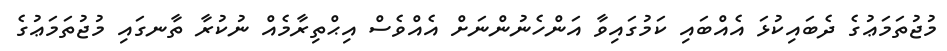
މުޖުތަމަޢުގެ ދެބައިކުޅަ އެއްބައި ކަމުގައިވާ އަންހެނުންނަށް އެއްވެސް އިޙްތިރާމެއް ނުކުރާ ތާނގައި މުޖުތަމަޢުގެ